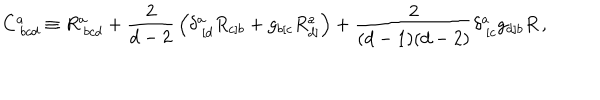
C _ { \ b c d } ^ { a } \equiv R _ { \ b c d } ^ { a } + { \frac { 2 } { d - 2 } } \left( \delta _ { \ [ d } ^ { a } R _ { c ] b } + g _ { b [ c } R _ { d ] } ^ { a } \right) + { \frac { 2 } { ( d - 1 ) ( d - 2 ) } } \delta _ { \ [ c } ^ { a } g _ { d ] b } R \, ,